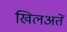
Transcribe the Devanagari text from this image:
खिलअतें